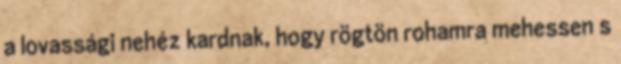
a lovassági nehéz kardnak, hogy rögtön rohamra mehessen s